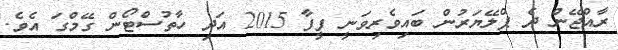
ރާއްޖޭން ދެ ޕްލޭޔަރުން ބައިވެރިވަނީ ފީފާ 2015 އަދި ހާތުސްޓޯން ގޭމްގަ އެވެ.